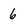
Character: 6